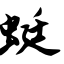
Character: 蜓